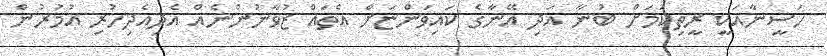
ހަސީނާއަކީ ރީތިކަމަށް ބުނާ އަދި އޭނާގެ ކައިވަންޏަށް އެތައް ޒުވާނުންނެއް އެދިއެދިހުރި އުމުރުން